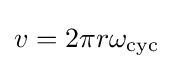
v=2\pi r\omega _{\text{cyc}}